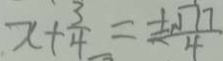
x + \frac { 3 } { 4 } = \frac { \pm \sqrt { 1 7 } } { 4 }